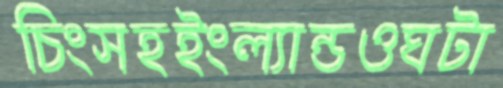
চিংসহইংল্যান্ডওঘটা